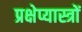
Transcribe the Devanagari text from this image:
प्रक्षेप्यास्त्रों